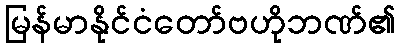
မြန်မာနိုင်ငံတော်ဗဟိုဘဏ်၏